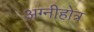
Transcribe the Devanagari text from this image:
अग्नीहोत्र